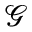
\mathcal { G }